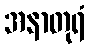
အနာတုရံ